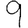
Digit: 9